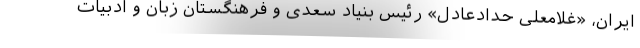
ایران، «غلامعلی حدادعادل» رئیس بنیاد سعدی و فرهنگستان زبان و ادبیات